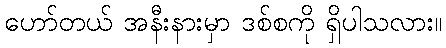
ဟော်တယ် အနီးနားမှာ ဒစ်စကို ရှိပါသလား။